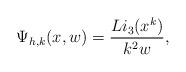
LaTeX: \begin{align*}\Psi_{h,k}( x,w) = \frac{ Li_3(x^k)}{ k^2 w} ,\end{align*}